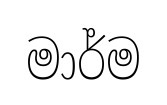
මාර්ම